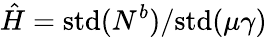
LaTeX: \hat{H}=\mathrm{std}(N^{b})/\mathrm{std}(\mu\gamma)